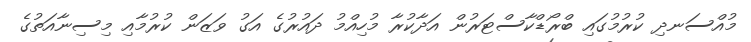
މުއްސަނދި ކުރުމުގައި ބްރޯޑްކާސްޓަރުން އަދާކުރާ މުހިއްމު ދައުރުގެ އަގު ވަޒަން ކުރުމާއި މިސިނާއަތުގެ